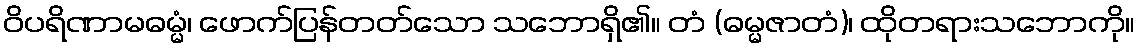
ဝိပရိဏာမဓမ္မံ၊ ဖောက်ပြန်တတ်သော သဘောရှိ၏။ တံ (ဓမ္မဇာတံ)၊ ထိုတရားသဘောကို။